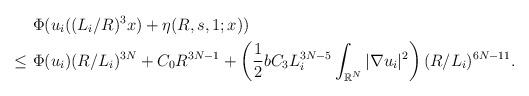
LaTeX: \begin{align*}&~\Phi(u_i((L_i/R)^3x)+\eta(R,s,1;x))\\\leq&~\Phi(u_i)(R/L_i)^{3N}+ C_0R^{3N-1}+\left(\frac{1}{2}bC_3L^{3N-5}_i\int_{\mathbb{R}^N}|\nabla u_i|^2\right) (R/L_i)^{6N-11}.\end{align*}